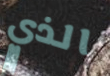
الذي